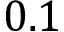
0 . 1